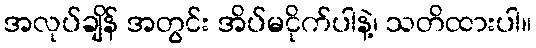
အလုပ်ချိန် အတွင်း အိပ်မငိုက်ပါနဲ့၊ သတိထားပါ။